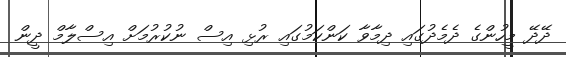
ދޭދޭ މީހުންގެ ދެމެދުގައި ދިމާވާ ކަންކަމުގައި ރުޅި އިސް ނުކުރުމަށް އިސްލާމް ދީން